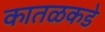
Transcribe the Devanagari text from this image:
कातळकडे